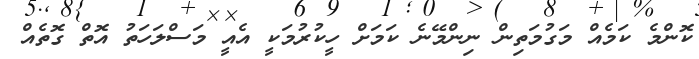
ކޮންމެ ކަމެއް މަގުމަތިން ނިންމޭނެ ކަމަށް ހީކުރުމަކީ އެއީ މަސްލަހަތު އޮތް ގޮތެއް